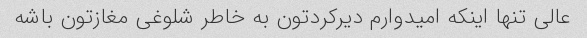
عالی تنها اینکه امیدوارم دیرکردتون به خاطر شلوغی مغازتون باشه